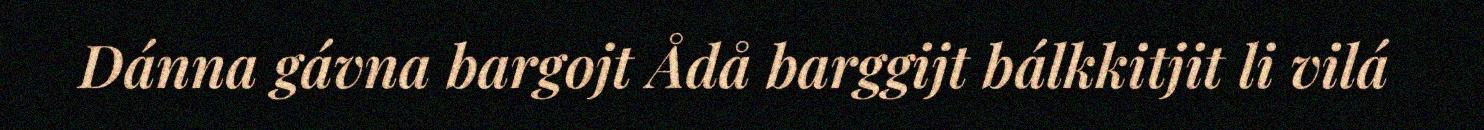
Dánna gávna bargojt Ådå barggijt bálkkitjit li vilá